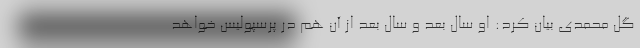
گل محمدی بیان کرد: او سال بعد و سال بعد از آن هم در پرسپولیس خواهد